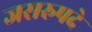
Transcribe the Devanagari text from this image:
जसरुपदे